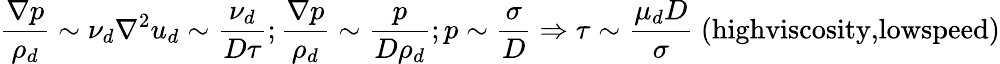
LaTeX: \frac{\nabla p}{\rho_{d}}\sim\nu_{d}\nabla^{2}u_{d}\sim\frac{\nu_{d}}{D\tau};\frac{\nabla p}{\rho_{d}}\sim\frac{p}{D\rho_{d}};p\sim\frac{\sigma}{D}\Rightarrow\tau\sim\frac{\mu_{d}D}{\sigma}~(\textrm{highviscosity,lowspeed})